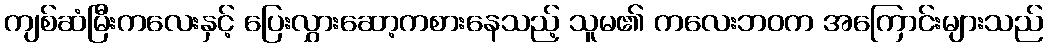
ကျစ်ဆံမြီးကလေးနှင့် ပြေးလွှားဆော့ကစားနေသည့် သူမ၏ ကလေးဘဝက အကြောင်းများသည်